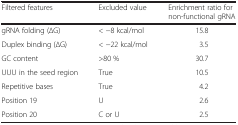
| Filtered features | Excluded value | Enrichment ratio for non-functional gRNA |
 | --- | --- | --- |
 | gRNA folding (∆G) | < −8 kcal/mol | 15.8 |
 | Duplex binding (∆G) | < −22 kcal/mol | 3.5 |
 | GC content | >80 % | 30.7 |
 | UUU in the seed region | True | 10.5 |
 | Repetitive bases | True | 4.2 |
 | Position 19 | U | 2.6 |
 | Position 20 | C or U | 2.5 |